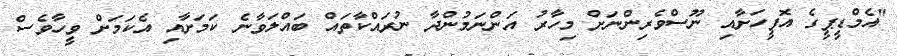
"އެމްޑީޕީގެ އޮފީހަށާއި ނޫސްވެރިންނަށް މިހާރު އަންނަމުންދާ ނުރައްކާތައް ބައްލަވާނެ ކަމަށާއި އެކަމަށް ވީހާވެސް